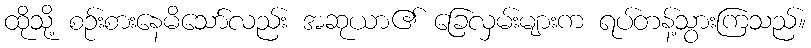
ထိုသို့ စဉ်းစားနေမိသော်လည်း အဆုယာ၏ ခြေလှမ်းများက ရပ်တန့်သွားကြသည်။